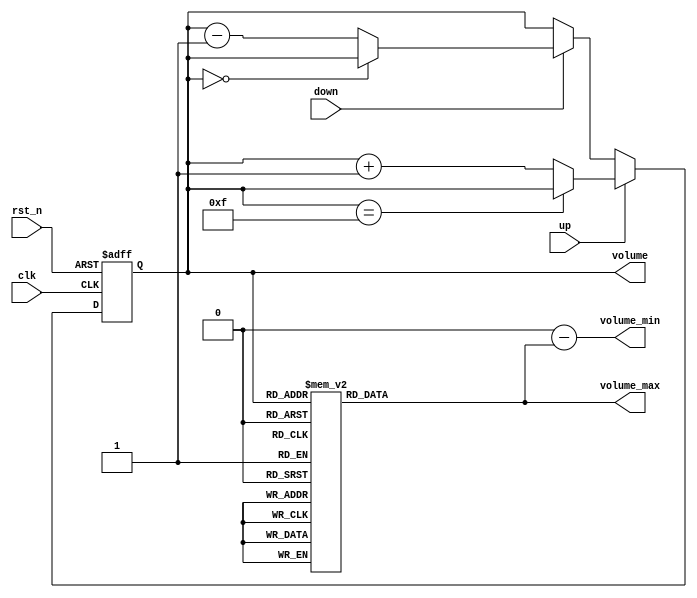
`timescale 1ns / 1ps
//////////////////////////////////////////////////////////////////////////////////
// Company: 
// Engineer: 
// 
// Design Name: 
// Module Name: volume_ctl
// Project Name: 
// Target Devices: 
// Tool Versions: 
// Description: 
// 
// Dependencies: 
// 
// Revision:
// Revision 0.01 - File Created
// Additional Comments:
// 
//////////////////////////////////////////////////////////////////////////////////


module volume_ctl(
    input clk,
    input rst_n,
    input up,
    input down,
    output reg [15:0] volume_max,
    output [15:0] volume_min,
    output reg [3:0] volume
    );
    reg [3:0] volume_next;
    
    always@*
        if (up)
            if (volume == 4'd15)
                volume_next = volume;
            else
                volume_next = volume + 4'd1;
        else if (down)
            if (volume == 4'd0)
                 volume_next = volume;
            else
                volume_next = volume - 4'd1;  
        else
            volume_next = volume;  
    
    always@(posedge clk or negedge rst_n)
        if (~rst_n)
            volume <= 4'd0;
        else
            volume <= volume_next;   
    
    always@*
        case(volume)
            4'd0: volume_max = 16'h0000;
            4'd1: volume_max = 16'h0999;
            4'd2: volume_max = 16'h0fff;
            4'd3: volume_max = 16'h1999;
            4'd4: volume_max = 16'h1fff;
            4'd5: volume_max = 16'h2999;
            4'd6: volume_max = 16'h2fff;
            4'd7: volume_max = 16'h3999;
            4'd8: volume_max = 16'h3fff;
            4'd9: volume_max = 16'h4999;
            4'd10: volume_max = 16'h4fff;
            4'd11: volume_max = 16'h5999;
            4'd12: volume_max = 16'h5fff;
            4'd13: volume_max = 16'h6999;
            4'd14: volume_max = 16'h6fff;
            4'd15: volume_max = 16'h7999;
            default:volume_max = 16'h0000;
        endcase
    
    assign volume_min = 16'h0000 - volume_max;
    
endmodule